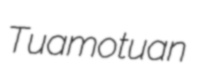
Tuamotuan